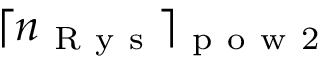
\lceil n _ { \mathrm { ~ R ~ y ~ s ~ } } \rceil _ { \mathrm { ~ p ~ o ~ w ~ 2 ~ } }